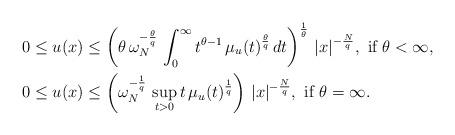
LaTeX: \begin{align*}0\le u(x)&\le \left(\theta\,\omega_N^{-\frac{\theta}{q}}\,\int_0^\infty t^{\theta-1}\,\mu_u(t)^\frac{\theta}{q}\,dt\right)^\frac{1}{\theta}\, |x|^{-\frac{N}{q}},\mbox{ if } \theta<\infty,\\0\le u(x)&\le \left(\omega_N^{-\frac{1}{q}}\,\sup_{t>0} t\,\mu_u(t)^\frac{1}{q}\right)\,|x|^{-\frac{N}{q}},\mbox{ if } \theta=\infty.\end{align*}